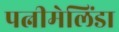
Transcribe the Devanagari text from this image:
पत्नीमेलिंडा